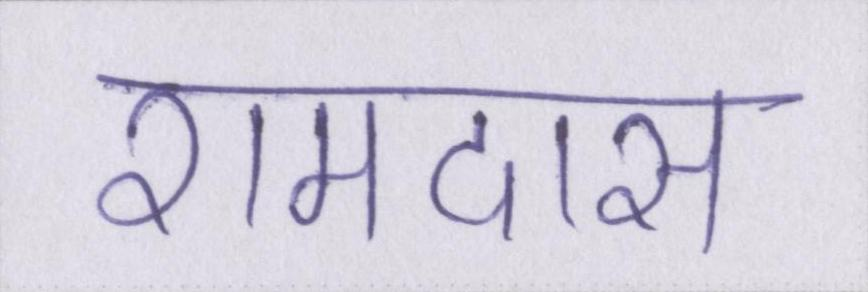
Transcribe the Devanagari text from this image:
रामदास